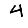
Digit: 4